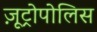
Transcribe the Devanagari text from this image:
ज़ूट्रोपोलिस